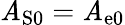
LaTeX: \mathit{A}_{\mathrm{{S}}0}=\mathit{A}_{\mathrm{{e}}0}